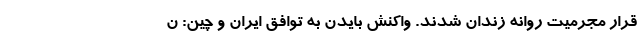
قرار مجرمیت روانه زندان شدند. واکنش بایدن به توافق ایران و چین: ن